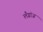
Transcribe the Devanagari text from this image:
लँग्रांज